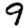
Digit: 9